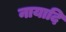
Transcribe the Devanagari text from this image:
नायादि